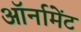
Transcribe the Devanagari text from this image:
ऑर्नामेंट